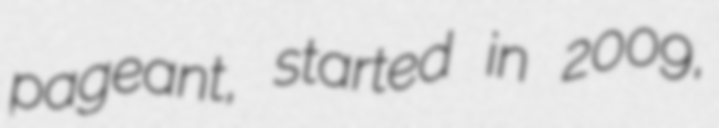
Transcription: pageant, started in 2009,